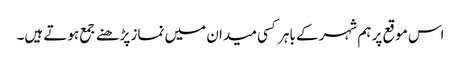
اس موقع پر ہم شہر کے باہر کسی میدان میں نماز پڑھنے جمع ہوتے ہیں۔